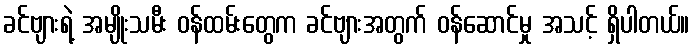
ခင်ဗျားရဲ့ အမျိုးသမီး ဝန်ထမ်းတွေက ခင်ဗျားအတွက် ဝန်ဆောင်မှု အသင့် ရှိပါတယ်။